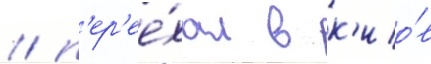
/ п'ер'ее́хал в к'ио́в